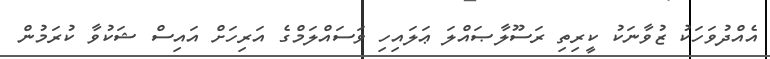
އެއްދުވަހަކު ޒުވާނަކު ކީރިތި ރަސޫލާޞައްލަ ޢަލައިހި ވަސައްލަމްގެ އަރިހަށް އައިސް ޝަކުވާ ކުރަމުން